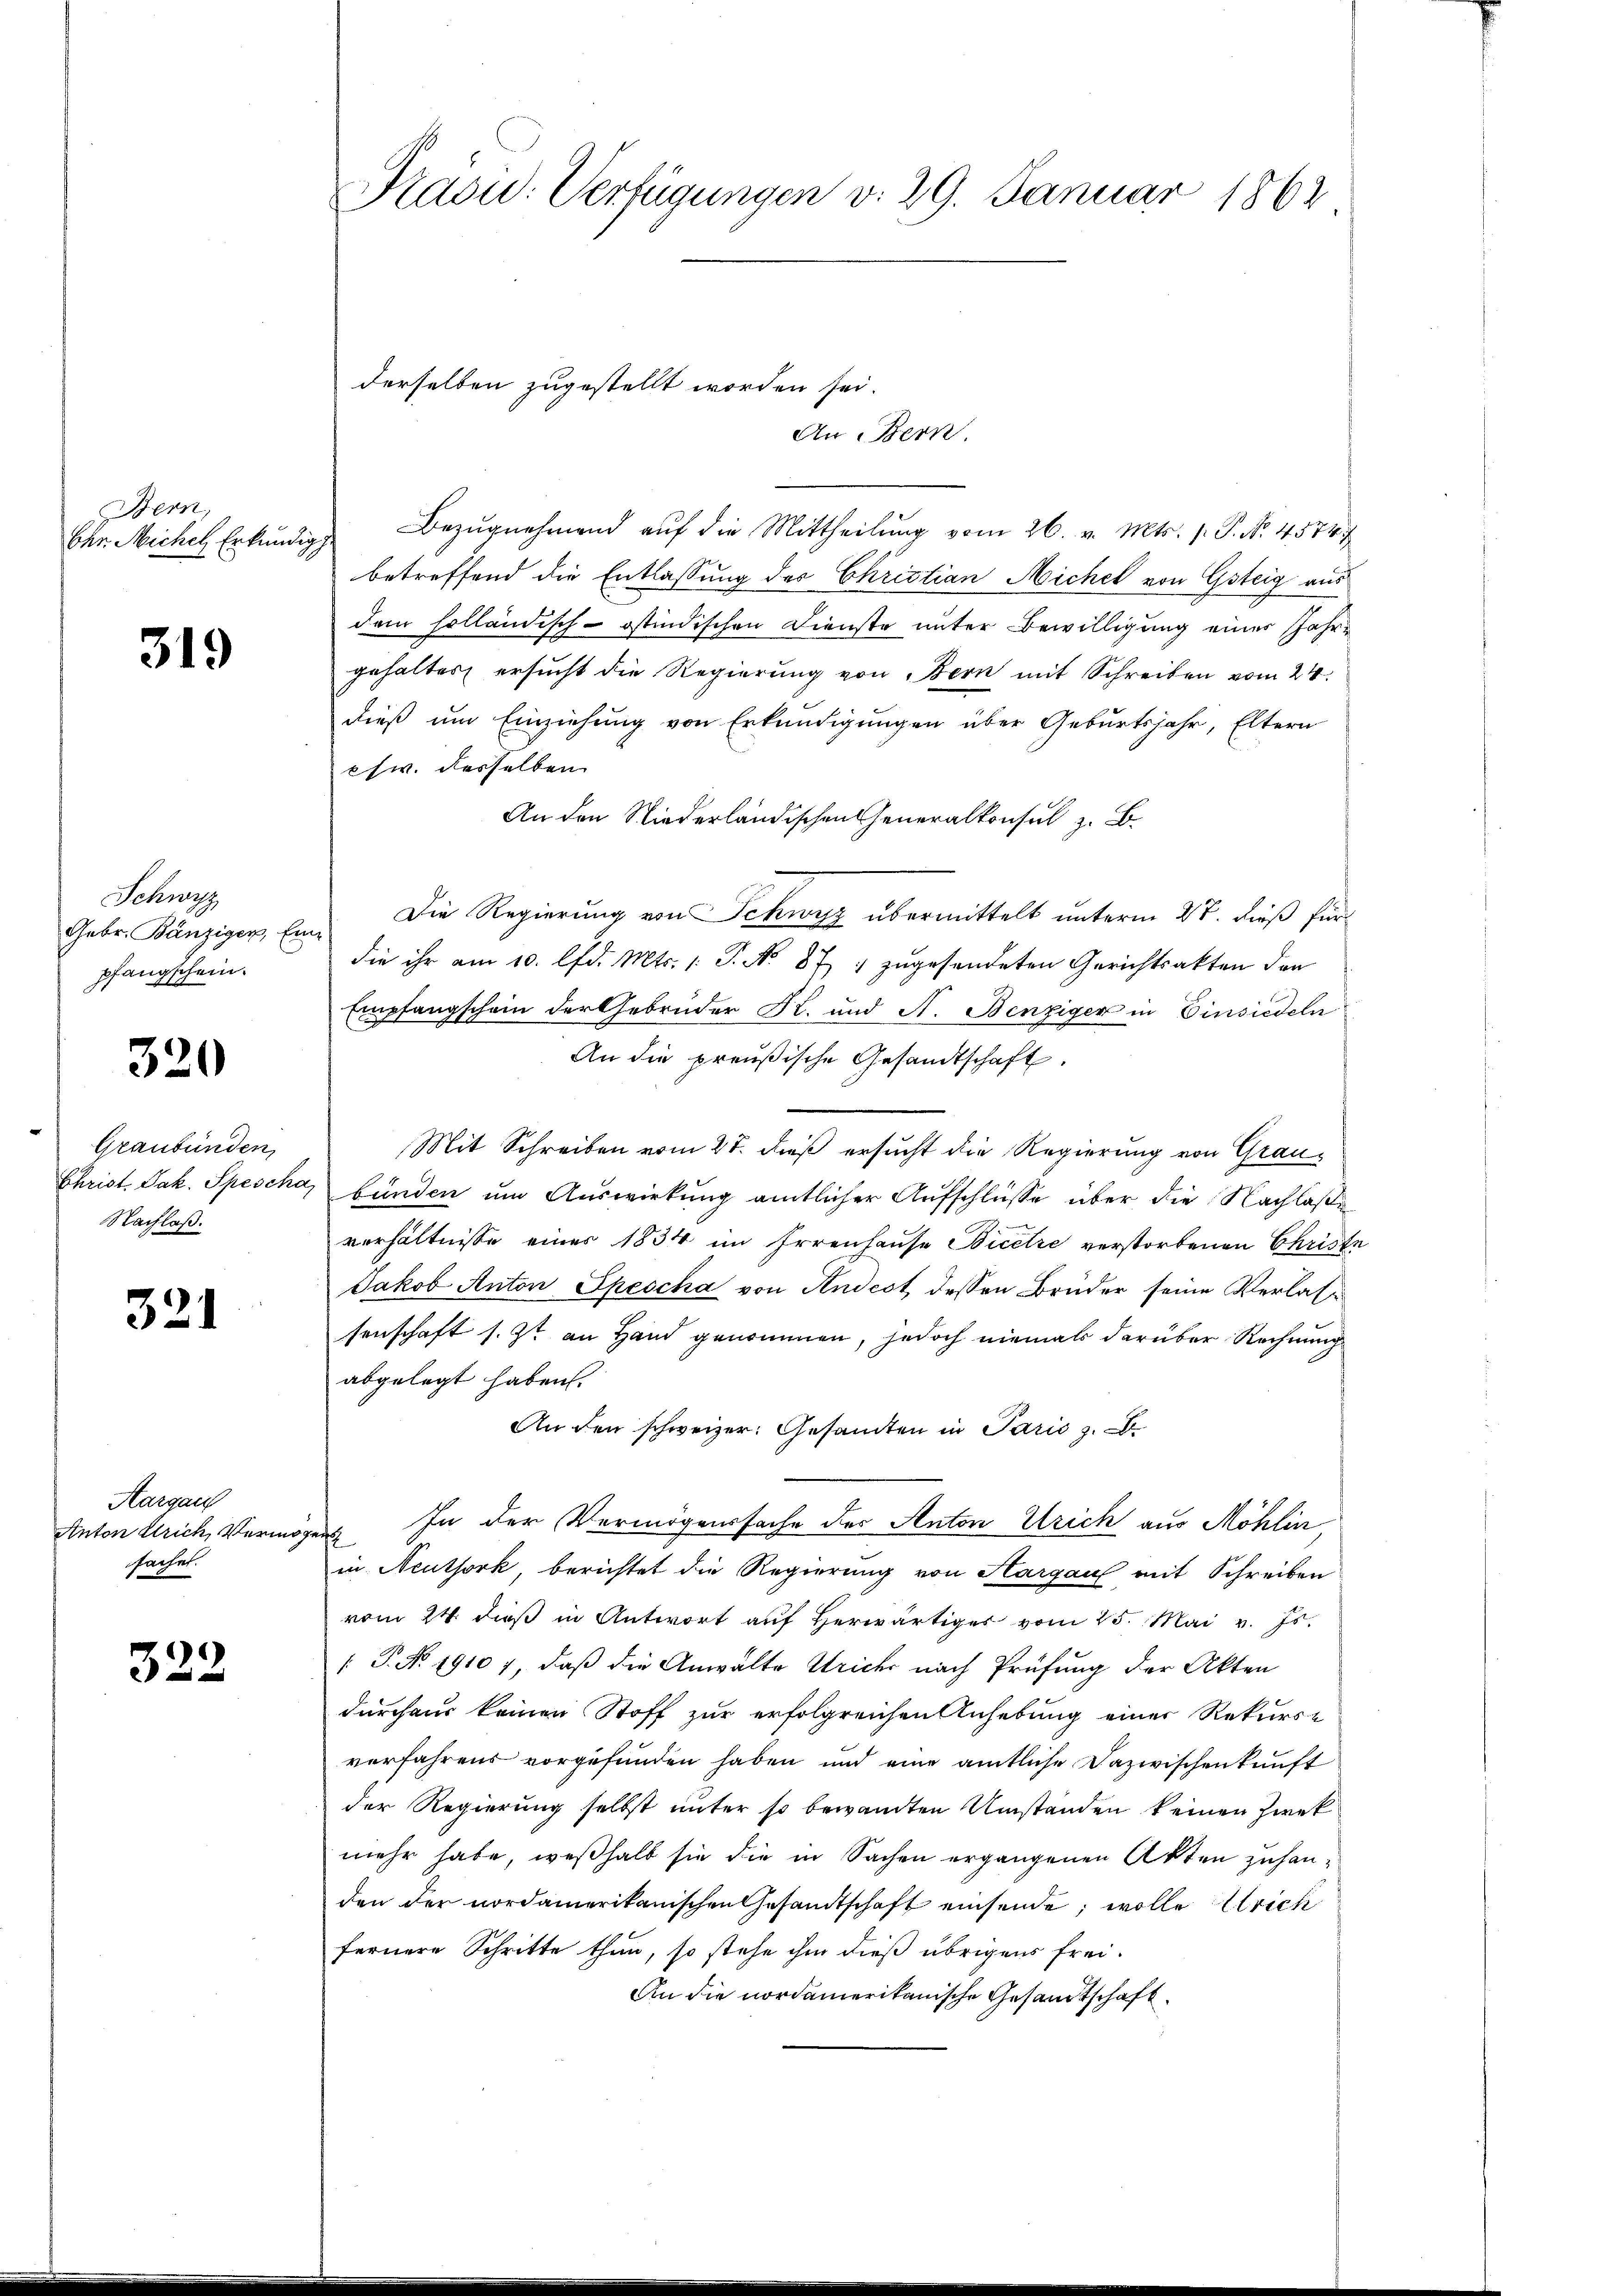
Bern,
Chr. Miche Erkundig

319

Schwyz
Gebr. Bänziger, En
pfangschein.

320

Graubünden,
Christ. Jak. Spescha
Nachlaß.

321

Aargau
Anton Ulrich, Vermösachet.

322

Präsid. Verfügungen v. 29. Januar 1862

An Bern
Bezugnehmend auf die Mittheilung vom 26. v. Mts. p. P. Nr. 45747
betreffend die Entlassung des Christian Michel von Gsteig aus
dem holländisch-östindischen Dienste unter Bewilligung einer Jahrgehaltes ersucht die Regierung von Bern mit Schreiben vom 24.
dieß um Einziehung von Erkundigungen über Geburtsjahr, Eltern
chw. desselben
An den Niederländischen Generalkonsul z. B.
Die Regierung von Schwyz übermittelt unterm 27. dieß für
die ihr am 10. lfd. Mts. 1 S. No 87 zugesendeten Gerichtsakten den
Empfangschein der Gebrüder Kl. und A. Benziger in Einsiedeln
An die preußische Gesandtschaft,
Mit Schreiben vom 27. dieß ersucht die Regierung von Graubunden um Auswirkung amtlicher Aufschlüsse über die Nachlaße
verhältnisse einer 1834 im Irrenhause Bicere verstorbenen Christe
Jakob Anton Spescha von Andest dessen Brüder seine Verlassenschaft s. Zt. an Hand genommen, jedoch niemals darüber Rechnung
abgelegt haben.
An den schweizer. Gesandten in Paris z. B.
In der Vermögenssache des Anton Urich aus Möhlin
e
in Neuthork, berichtet die Regierung von Aargau mit Schreiben
vom 24. dieß in Antwort auf herwärtiges vom 25. Mai v. Js.
[ P. Nr. 1910 7, daß die Anwalte rich nach Prüfung der Akten
durchaus keinen Stoff zur erfolgreichen Anhebung einer Rekurse
verfahrens vorgefunden haben und eine amtliche Dazwischenkunft
der Regierung selbst unter so bewandten Umständen keinen Zwek
mehr habe, weßhalb sie die in Sachen ergangenen Akten zuhanden der nordamerikanischen Gesandtschaft einsende, wolle rich
fernere Schritte thun, so stehe ihm dieß übrigens frei¬
An die nordamerikanische Gesandtschaft

derselben zugestellt worden sei.